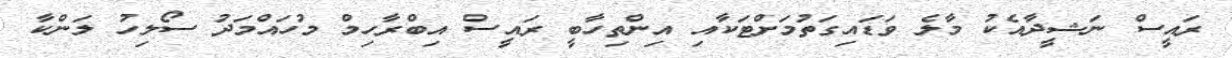
ރައީސް ނަޝީދާއެކު މާލެ ވަޑައިގަތުމަށްޓަކާއި އިންތިހާބީ ރައީސް އިބްރާހިމް މުހައްމަދު ސޯލިހު ލަންކާ